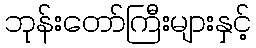
ဘုန်းတော်ကြီးများနှင့်